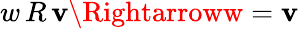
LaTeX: w\, R\, \mathbf{v}\Rightarroww=\mathbf{v}